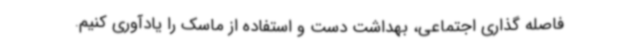
فاصله گذاری اجتماعی، بهداشت دست و استفاده از ماسک را یادآوری کنیم.